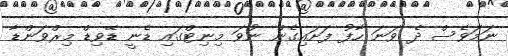
ނަމަވެސް ދެ ވަނަ ހާފު ފަށައިގެން ނުވަ މިނިޓްގައި ޑެނީ ޑޭވިޑް މިރްވަންޑާ